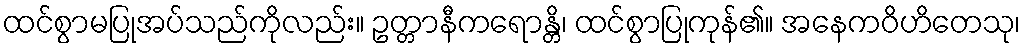
ထင်စွာမပြုအပ်သည်ကိုလည်း။ ဥတ္တာနီကရောန္တိ၊ ထင်စွာပြုကုန်၏။ အနေကဝိဟိတေသု၊